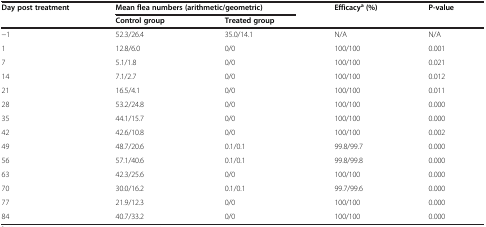
<table><thead><tr><td><b>Day post treatment</b></td><td colspan="2"><b>Mean flea numbers (arithmetic/geometric)</b></td><td><b>Efficacy<sup>a</sup>(%)</b></td><td><b>P-value</b></td></tr><tr><td><b> </b></td><td><b>Control group</b></td><td><b>Treated group</b></td><td><b> </b></td><td><b> </b></td></tr></thead><tbody><tr><td>-1</td><td>52.3/26.4</td><td>35.0/14.1</td><td>N/A</td><td>N/A</td></tr><tr><td>1</td><td>12.8/6.0</td><td>0/0</td><td>100/100</td><td>0.001</td></tr><tr><td>7</td><td>5.1/1.8</td><td>0/0</td><td>100/100</td><td>0.021</td></tr><tr><td>14</td><td>7.1/2.7</td><td>0/0</td><td>100/100</td><td>0.012</td></tr><tr><td>21</td><td>16.5/4.1</td><td>0/0</td><td>100/100</td><td>0.011</td></tr><tr><td>28</td><td>53.2/24.8</td><td>0/0</td><td>100/100</td><td>0.000</td></tr><tr><td>35</td><td>44.1/15.7</td><td>0/0</td><td>100/100</td><td>0.000</td></tr><tr><td>42</td><td>42.6/10.8</td><td>0/0</td><td>100/100</td><td>0.002</td></tr><tr><td>49</td><td>48.7/20.6</td><td>0.1/0.1</td><td>99.8/99.7</td><td>0.000</td></tr><tr><td>56</td><td>57.1/40.6</td><td>0.1/0.1</td><td>99.8/99.8</td><td>0.000</td></tr><tr><td>63</td><td>42.3/25.6</td><td>0/0</td><td>100/100</td><td>0.000</td></tr><tr><td>70</td><td>30.0/16.2</td><td>0.1/0.1</td><td>99.7/99.6</td><td>0.000</td></tr><tr><td>77</td><td>21.9/12.3</td><td>0/0</td><td>100/100</td><td>0.000</td></tr><tr><td>84</td><td>40.7/33.2</td><td>0/0</td><td>100/100</td><td>0.000</td></tr></tbody></table>